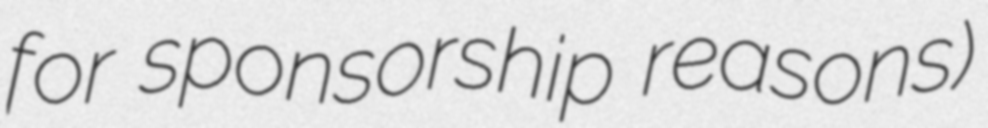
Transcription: for sponsorship reasons)